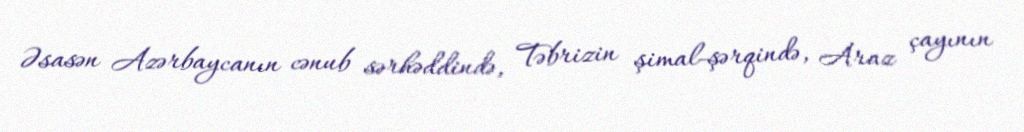
Əsasən Azərbaycanın cənub sərhəddində, Təbrizin şimal-şərqində, Araz çayının